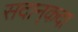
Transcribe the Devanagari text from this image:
सदान्‌कदा